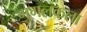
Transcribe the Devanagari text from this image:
मुगलकला